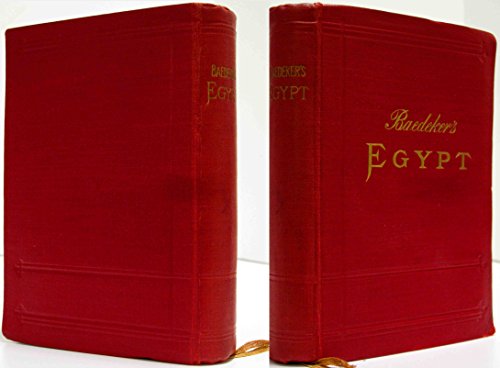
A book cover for EGYPT AND THE SUDAN: HANDBOOK FOR TRAVELLERS; Karl Baedeker; Travel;